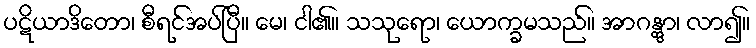
ပဋိယာဒိတော၊ စီရင်အပ်ပြီ။ မေ၊ ငါ၏။ သသုရော၊ ယောက္ခမသည်။ အာဂန္တွာ၊ လာ၍။